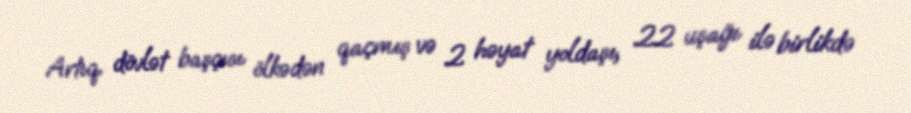
Artıq dövlət başçısı ölkədən qaçmış və 2 həyat yoldaşı, 22 uşağı ilə birlikdə